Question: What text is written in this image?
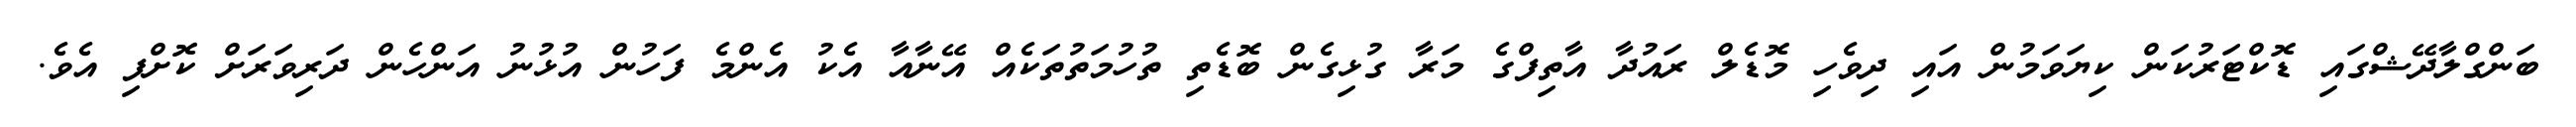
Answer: ބަންގްލާދޭޝްގައި ޑޮކްޓަރުކަން ކިޔަވަމުން އައި ދިވެހި މޮޑެލް ރައުދާ އާތިފްގެ މަރާ ގުޅިގެން ބޮޑެތި ތުހުމަތުތަކެއް އޭނާއާ އެކު އެންމެ ފަހުން އުޅުނު އަންހެން ދަރިވަރަށް ކޮށްފި އެވެ.